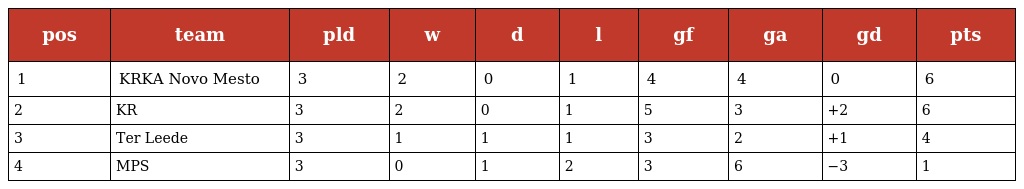
| pos | team | pld | w | d | l | gf | ga | gd | pts |
 | --- | --- | --- | --- | --- | --- | --- | --- | --- | --- |
 | 1 | KRKA Novo Mesto | 3 | 2 | 0 | 1 | 4 | 4 | 0 | 6 |
 | 2 | KR | 3 | 2 | 0 | 1 | 5 | 3 | +2 | 6 |
 | 3 | Ter Leede | 3 | 1 | 1 | 1 | 3 | 2 | +1 | 4 |
 | 4 | MPS | 3 | 0 | 1 | 2 | 3 | 6 | −3 | 1 |